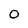
Character: 0